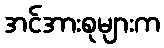
အင်အားစုများက